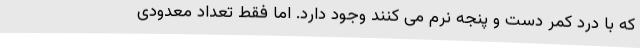
که با درد کمر دست و پنجه نرم می کنند وجود دارد. اما فقط تعداد معدودی